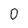
Character: 0